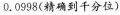
0.0998(精确到千分位)